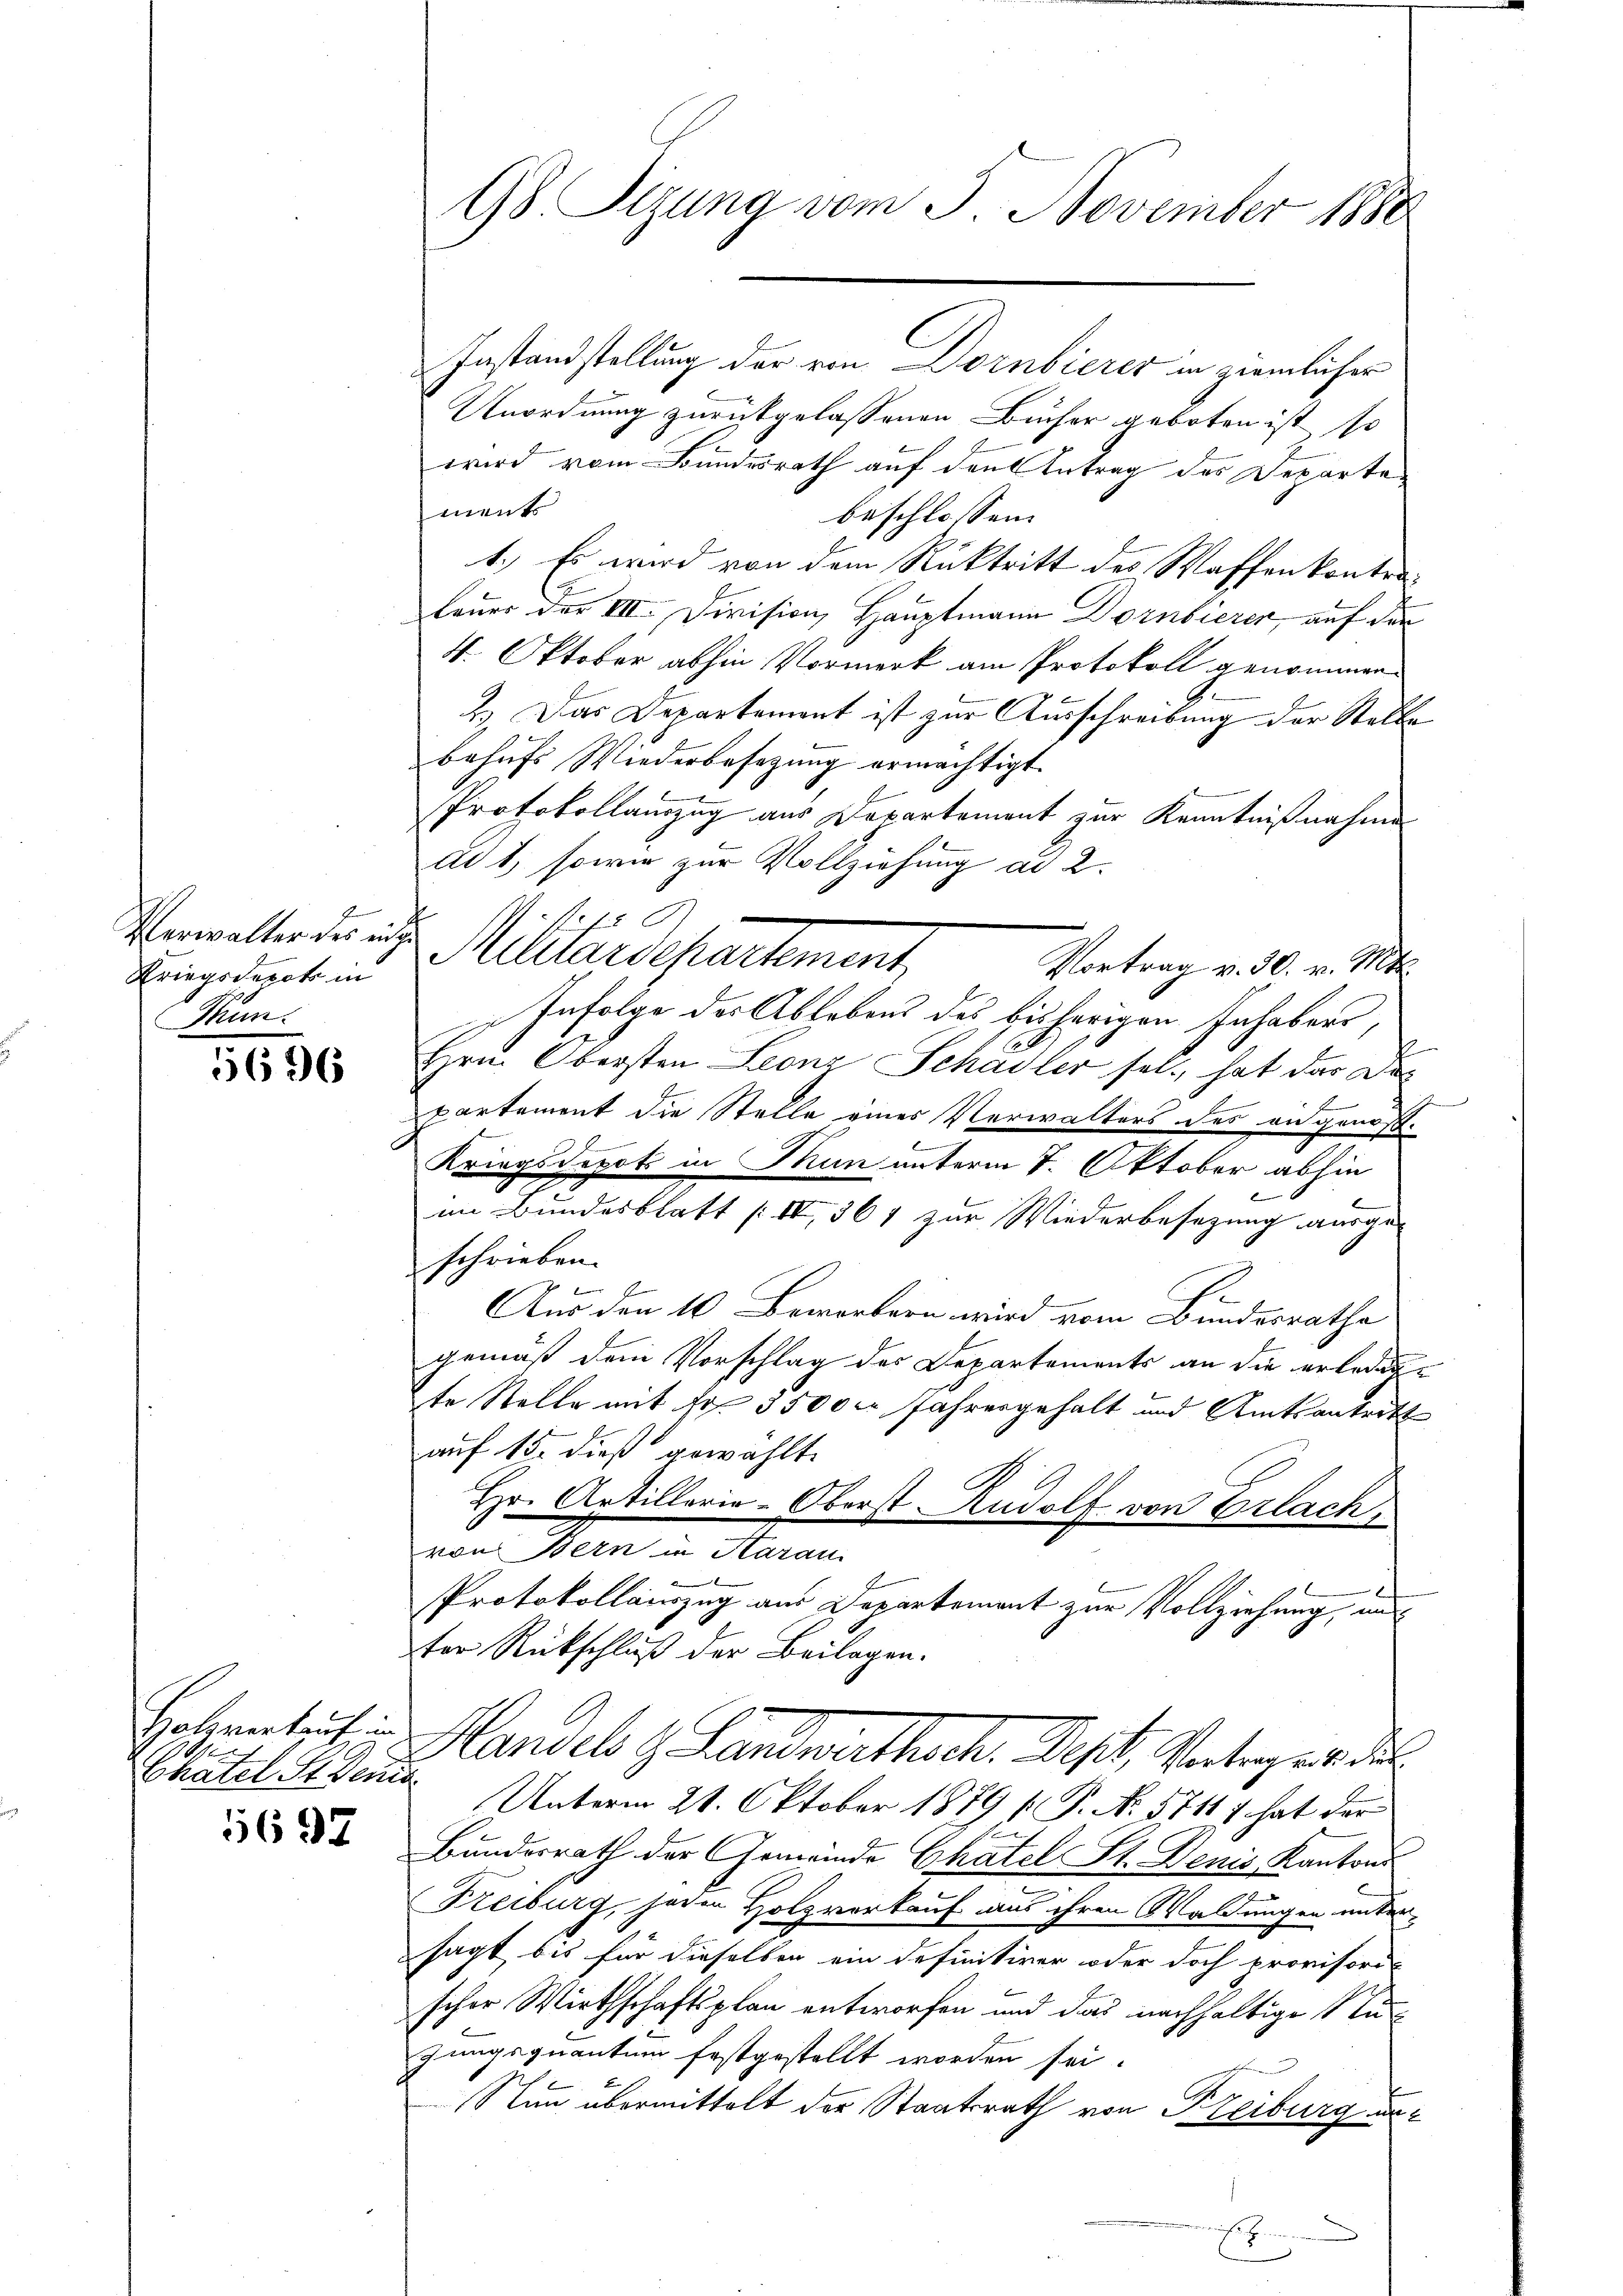
Verwalter des einsche
Kriegsderots in
Kum.

5696

Holzverkauf in
Chatel Sr. Deuts

1697

98 Sizung vom 3. November 1888

Unordnung zurückgelassenen Bücher geboten ist, so
wird vom Bundesrath auf den Antrag des Departements
beschlossen:
1.) Es wird von dem Rücktritt des Waffenkontra¬
Feuer der III. Division, Hauptmann Dornbierer, auf den
4. Oktober abhin Vormerk am Protokoll genommen
2.) Das Departement ist zur Ausschreibung der Stelle
behŭfs Wiederbesetzung ermächtigt.
Protokollamzug aus Departement zur Kenntnißnahme
ad 1, sowie zur Vollziehung ad 2.
72
Milderschartement,
Vortrag v. 30. v. Mtt.
Infolge der Ablebens des bisherigen Inhabers,
E
Hrn. Obersten Leonz Schadler sel., hat das Das

artement die Stelle eines Verwalters des an genos-
Kriegsdepot in Mun unterm 7. Oktober abhin
2
im Bundesblatt (II 361 zur Wiederbesezung ausgeschrieben.
x
Aus den 10. Beworbern wird vom Bundesrathe
gemäß dem Vorschlag des Departements an die erledente Stelle mit Fr. 35000 Jahresgehalt und Amtsantritt
auf 15. dieß gewählt.
Hr. Artillerie-Oberst Rudolf von Erlach,
von Sein in Mann
E
Protokollauszug aus Departement zur Vollziehung, un
ter Rückschluß der Beilagen.
Handel z. Landwirthsch. Dist. Vertrages de
Unterm 21. Oktober 1879 [ P. Nr. 5711 f hat der
Fr
Bundesrath der Gemeinde Chatel St. Denis Kantons
Freiburg, jeden Holzverkauf aus ihren Waldungen unter-
sagt, bis für dieselben ein definitiver oder doch provisori
scher Wirthschaftsplan entworfen und das nachhaltige Stun
zungsquantum festgestellt worden sei.
Nun übermittelt der Staatsrath von Freiburg er¬
.

Instandstellung der von Dornbierer in ziemlicher